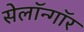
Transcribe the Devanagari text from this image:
सेलॉन्गॉर